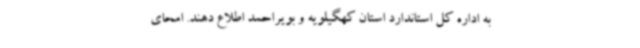
به اداره کل استاندارد استان کهگیلویه و بویراحمد اطلاع دهند. امحای